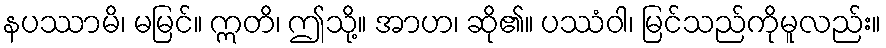
နပဿာမိ၊ မမြင်။ ဣတိ၊ ဤသို့။ အာဟ၊ ဆို၏။ ပဿံဝါ၊ မြင်သည်ကိုမူလည်း။